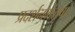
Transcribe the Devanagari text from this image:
प्रदर्शनमंजूषा